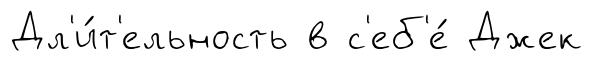
Дл'и́т'ельность в с'еб'е́ Джек